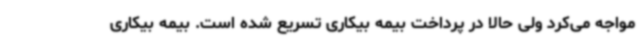
مواجه می‌کرد ولی حالا در پرداخت بیمه بیکاری تسریع شده است. بیمه بیکاری